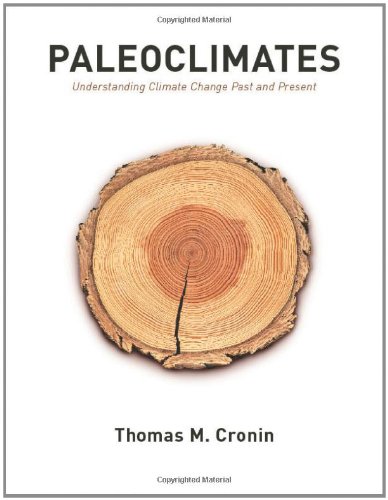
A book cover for Paleoclimates: Understanding Climate Change Past and Present; Thomas M. Cronin; Science & Math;